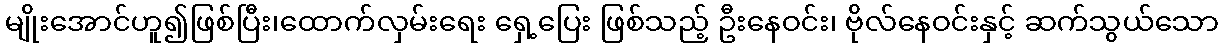
မျိုးအောင်ဟူ၍ဖြစ်ပြီး၊ထောက်လှမ်းရေး ရှေ့ပြေး ဖြစ်သည့် ဦးနေဝင်း၊ ဗိုလ်နေဝင်းနှင့် ဆက်သွယ်သော